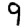
Digit: 9